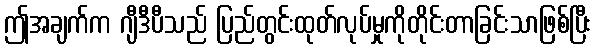
ဤအချက်က ဂျီဒီပီသည် ပြည်တွင်းထုတ်လုပ်မှုကိုတိုင်းတာခြင်းသာဖြစ်ပြီး